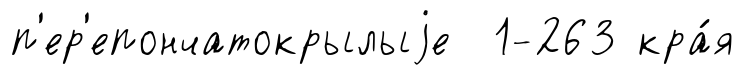
п'ер'епончатокрылыjе 1-263 кра́я